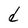
Character: d